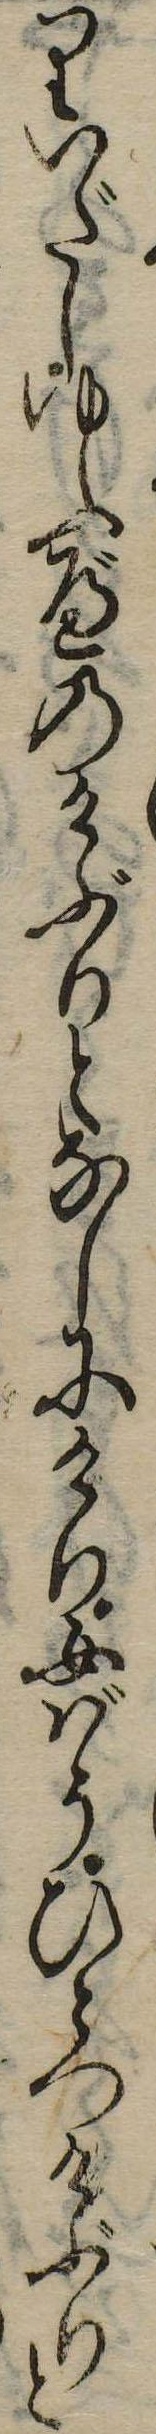
りいだしゆふべのけぶりとなしにけり女ばうひとつけぶりと